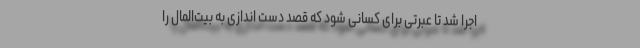
اجرا شد تا عبرتی برای کسانی شود که قصد دست اندازی به بیت‌المال را